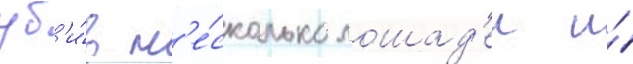
уб'и́в н'е́сколько лошад'еи и́